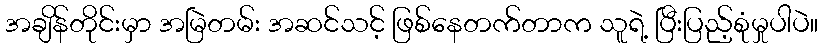
အချိန်တိုင်းမှာ အမြဲတမ်း အဆင်သင့် ဖြစ်နေတက်တာက သူရဲ့ ပြီးပြည့်စုံမှုပါပဲ။